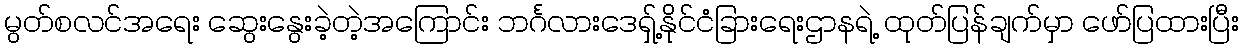
မွတ်စလင်အရေး ဆွေးနွေးခဲ့တဲ့အကြောင်း ဘင်္ဂလားဒေရှ့်နိုင်ငံခြားရေးဌာနရဲ့ ထုတ်ပြန်ချက်မှာ ဖော်ပြထားပြီး